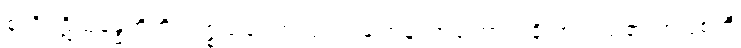
စုတိပဋိသန္ဓေတို့ကို။ ပစ္စယဝေကလ္လကရဏေန၊ အကြောင်းချို့တဲ့သည်၏ အဖြစ်ကို